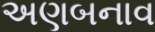
અણબનાવ